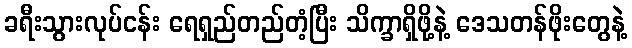
ခရီးသွားလုပ်ငန်း ရေရှည်တည်တံ့ပြီး သိက္ခာရှိဖို့နဲ့ ဒေသတန်ဖိုးတွေနဲ့